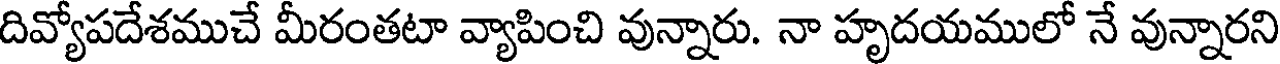
దివ్యోపదేశముచే మీరంతటా వ్యాపించి వున్నారు. నా హృదయములో నే వున్నారని